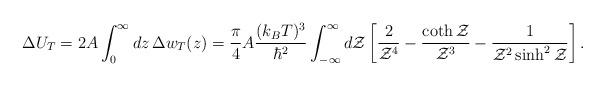
LaTeX: \begin{align*}\Delta U_T= 2 A \int_0^{\infty} dz\, \Delta w_T(z)= {\pi\over 4} A {(k_B T)^3\over \hbar^2}\int_{-\infty}^{\infty} d{\cal Z} \left[ {2\over {\cal Z}^4}-{\coth{\cal Z}\over {\cal Z}^3}-{1\over {\cal Z}^2\sinh^2{\cal Z}}\right].\end{align*}